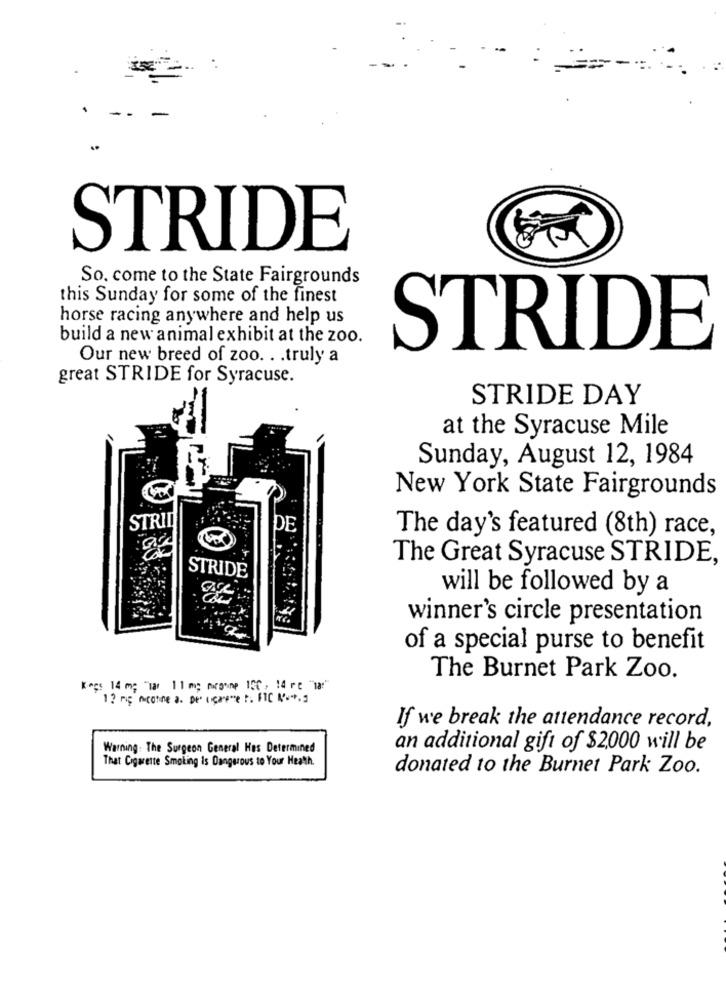
STRIDE
So. come to the State Fairgrounds
this Sunday for some of the finest
horse racing anywhere and help us
build a new animal exhibit at the zoo.
STRIDE
Our new breed of zoo. . . truly a
great STRIDE for Syracuse.
STRIDE DAY
at the Syracuse Mile
Sunday, August 12, 1984
New York State Fairgrounds
STRID
DE
The day's featured (8th) race,
G
The Great Syracuse STRIDE,
STRIDE
will be followed by a
winner's circle presentation
of a special purse to benefit
The Burnet Park Zoo.
Kocs 14 m; "Tar 11 mg morgomp 150 , 14 rc "ma"
12 mio accone a. De ucaome . FIC 'S+.
If we break the attendance record,
Warning: The Surgeon General Hes Determined
an additional gift of $2,000 will be
That Cigarette Smoking is Dangerous to Your Heath.
donated to the Burnet Park Zoo.